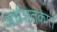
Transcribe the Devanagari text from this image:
अर्धशतकात